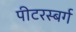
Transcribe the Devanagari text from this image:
पीटरस्बर्ग